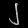
Digit: ၂